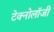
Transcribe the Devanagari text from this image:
टेक्नोलाॅजी